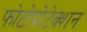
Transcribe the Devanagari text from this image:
फोटोप्रोटेक्शन